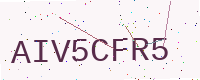
Text: AIV5CFR5